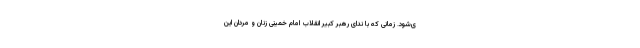
ی‌شود. زمانی که با ندای رهبر کبیر انقلاب امام خمینی زنان و مردان این